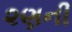
૨ણની